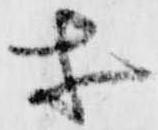
等